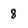
Character: 8